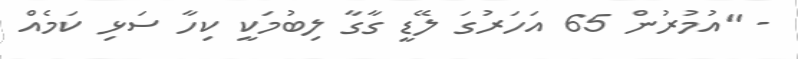
- "އުމުރުން 65 އަހަރުގަ ލޭޑީ ގާގާ ލިބުމަކީ ކިހާ ސަޅި ކަމެއް